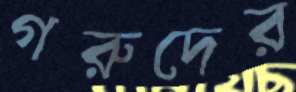
গরুদের